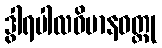
ဒွါရပါလဝိမာနဝတ္ထု